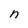
Character: n